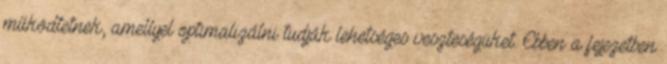
működtetnek, amellyel optimalizálni tudják lehetséges veszteségüket. Ebben a fejezetben